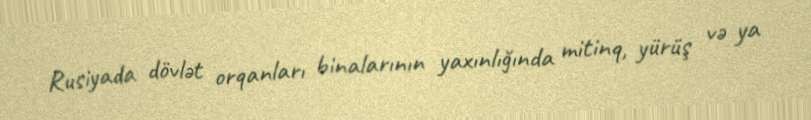
Rusiyada dövlət orqanları binalarının yaxınlığında mitinq, yürüş və ya